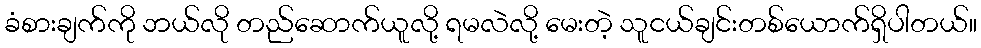
ခံစားချက်ကို ဘယ်လို တည်ဆောက်ယူလို့ ရမလဲလို့ မေးတဲ့ သူငယ်ချင်းတစ်ယောက်ရှိပါတယ်။